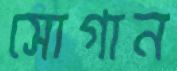
সোগান